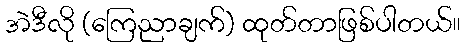
အဲဒီလို (ကြေညာချက်) ထုတ်တာဖြစ်ပါတယ်။